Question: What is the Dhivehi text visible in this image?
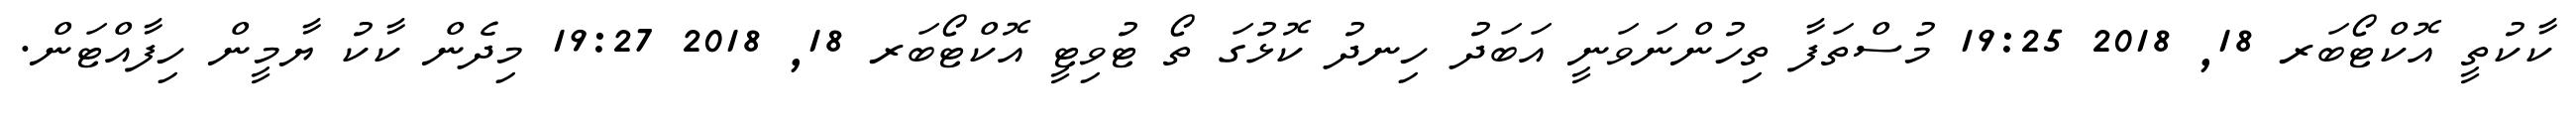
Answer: ކާކުތީ އޮކްޓޯބަރ 18, 2018 19:25 މުސްތަފާ ތިހުންނަވަނީ އަބަދު ހިނދު ކޮޅުގަ ތޯ ޓުވިޓީ އޮކްޓޯބަރ 18, 2018 19:27 މިދެން ކާކު ޔާމީން ހިފާއްޓަން.